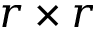
r \times r